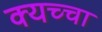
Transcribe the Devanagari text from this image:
क्यच्चा